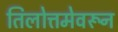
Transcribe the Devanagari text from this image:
तिलोत्तमेवरून